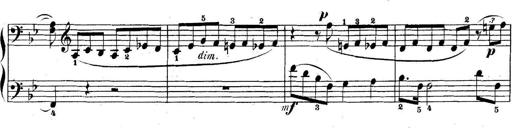
Title: 5 Sonatinas
Composer: Theodor Kirchner